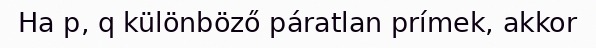
Ha p, q különböző páratlan prímek, akkor